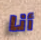
أنا